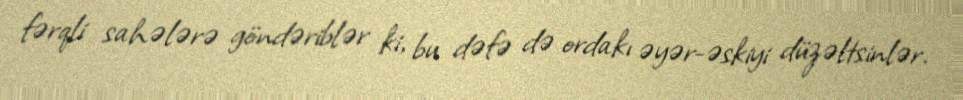
fərqli sahələrə göndəriblər ki, bu dəfə də ordakı əyər-əskiyi düzəltsinlər.